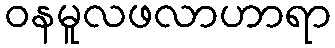
ဝနမူလဖလာဟာရာ